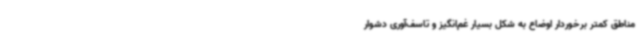
مناطق کمتر برخوردار اوضاع به شکل بسیار غم‌انگیز و تاسف‌آوری دشوار